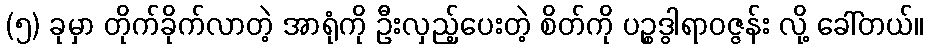
(၅) ခုမှာ တိုက်ခိုက်လာတဲ့ အာရုံကို ဦးလှည့်ပေးတဲ့ စိတ်ကို ပဉ္စဒွါရာဝဇ္ဇန်း လို့ ခေါ်တယ်။